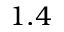
1 . 4